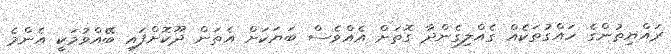
ރައްޔިތުންގެ ހައްގުތަކެއް ގެއްލިގެންދާ ގޮތަށް އެއްވެސް ބަޔަކަށް އެތަން ދޫކޮށްފައި ބޭއްވުމަކީ އެންމެ